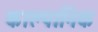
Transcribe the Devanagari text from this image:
काल्पानिक